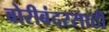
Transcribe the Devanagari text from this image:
बोरीबंदरसाठी